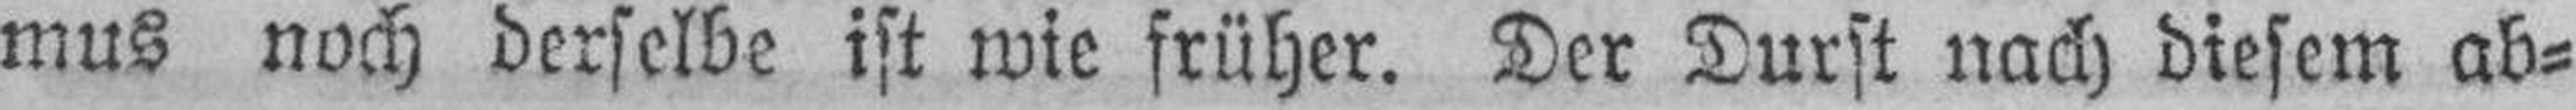
mus noch derselbe ist wie früher. Der Durst nach diesem ab¬